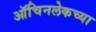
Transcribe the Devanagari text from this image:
ऑचिनलेकच्या